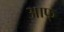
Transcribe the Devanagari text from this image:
आफ्